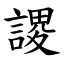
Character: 謖